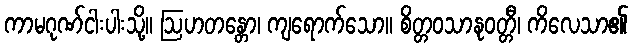
ကာမဂုဏ်ငါးပါးသို့။ ဩဟတန္တော၊ ကျရောက်သော။ စိတ္တဝသာနုဝတ္တီ၊ ကိလေသာ၏